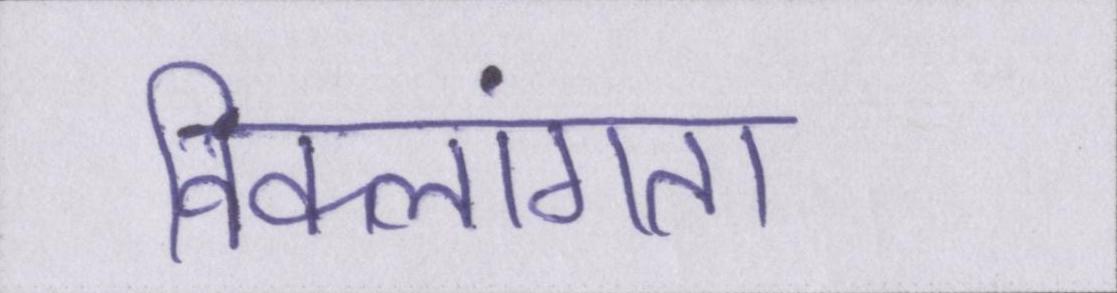
विकलांगता